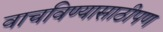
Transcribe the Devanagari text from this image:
वाचविण्यासाठीपण